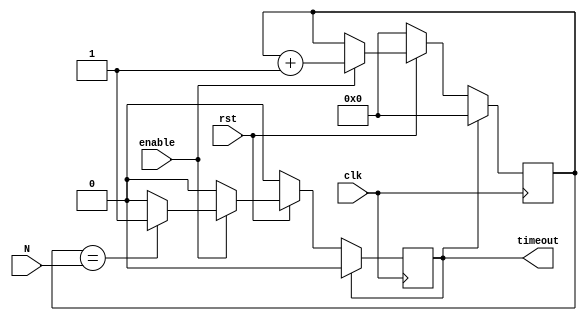
//ECE 5440
//Omar Baig 8007
//counts to 100 everytime enable is high
module countToN(clk, rst, enable, timeout, N);

	input clk, rst, enable;
	input [9:0] N;
	output timeout;
	reg timeout;

	reg [9:0] count;

	always @(posedge clk)
		begin
			if(timeout == 1)
				begin
					count <= 0;
					timeout <= 0;
				end
			else if(rst == 0)
				begin
					count <= 0;
					timeout <= 0;
				end
			else if(enable == 1)
				begin
					count <= count + 1;
					if(count == N)
						timeout <= 1;
				end
		end 
endmodule